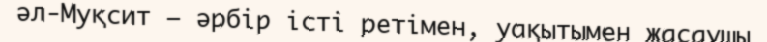
әл-Муқсит – әрбір істі ретімен, уақытымен жасаушы